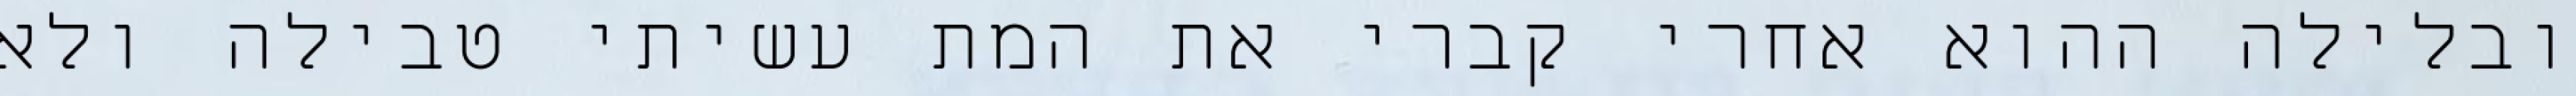
ובלילה ההוא אחרי קברי את המת עשיתי טבילה ולא